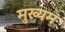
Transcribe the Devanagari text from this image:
मुख्यमं